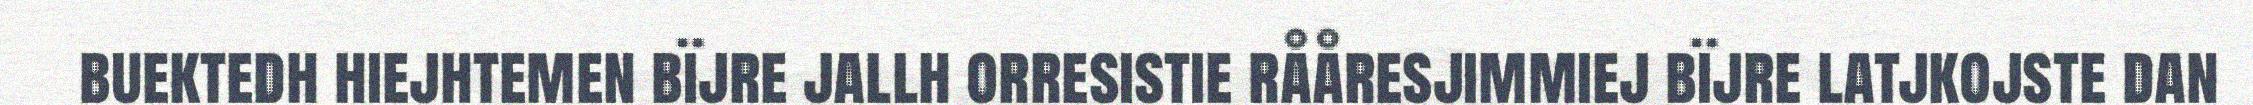
buektedh hiejhtemen bïjre jallh orresistie rååresjimmiej bïjre latjkojste dan